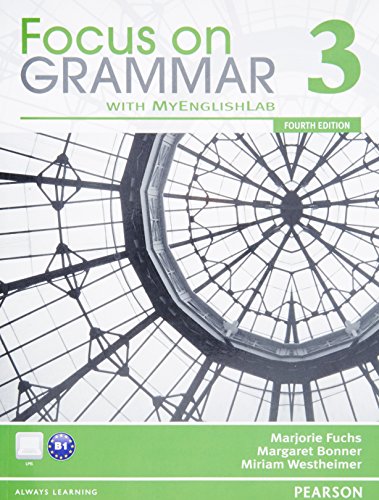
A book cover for Focus on Grammar 3 with MyEnglishLab (4th Edition); Marjorie Fuchs; Reference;